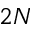
2 N